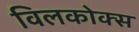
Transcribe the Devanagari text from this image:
विलकोक्स